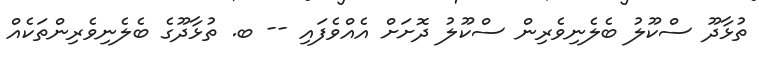
ތުޅާދޫ ސްކޫލު ބެލެނިވެރިން ސްކޫލު ދޮށަށް އެއްވެފައި -- ބ. ތުޅާދޫގެ ބެލެނިވެރިންތަކެއް